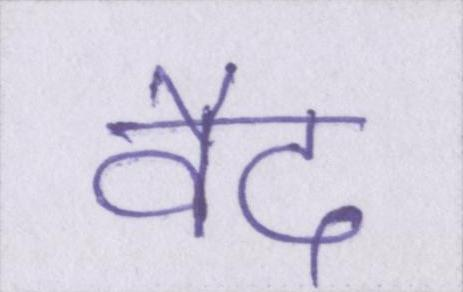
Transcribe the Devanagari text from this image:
वैद